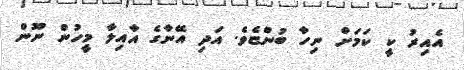
އެއިރު ކީ ކަމަށް ނިހާ ބުންޏެވެ. އަދި އޭނާގެ އާއިލާ މީހުން ނޫން